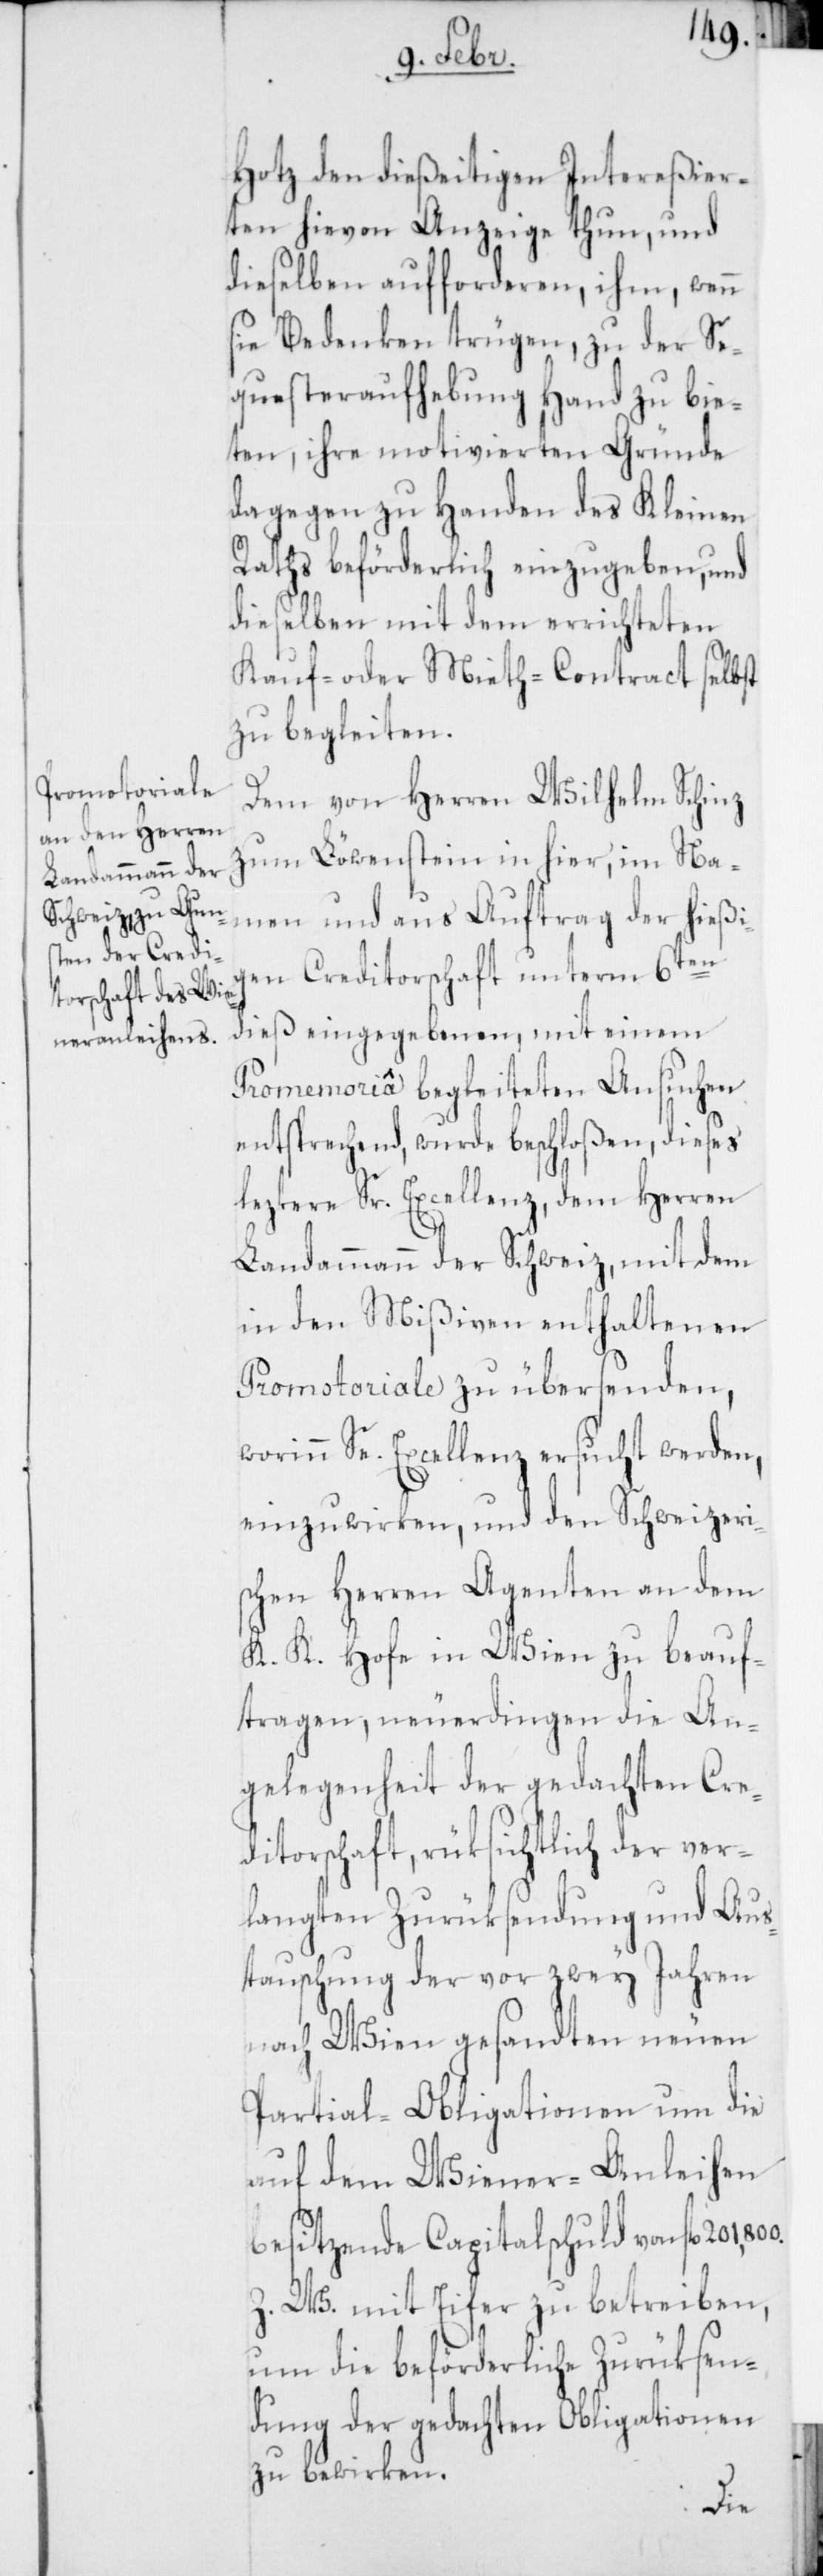
Hotz den dießeitigen Intereßier¬
ten hievon Anzeige thun, und
dieselben aufforderen, ihm, wenn
sie Bedenken trügen, zu der Se¬
quester-Aufhebung Hand zu bie¬
ten, ihre motivierten Gründe
dagegen zu Handen des Kleinen
Raths beförderlich einzugeben, und
dieselben mit dem errichteten
Kauf- oder Miet-Contract selbst
zu begleiten.
Dem von Herren Wilhelm Schinz
zum Löwenstein in hier, im Na¬
men und aus Auftrag der hießi¬
gen Creditorschaft unterm 6ten
dieß eingegebenen, mit einem
Promemoriâ begleiteten Ansuchen
entsprechend, wurde beschloßen, dieses
leztere Sr. Excellenz, dem Herren
Landammann der Schweiz, mit dem
in den Mißiven enthaltenen
Promotoriale zu übersenden,
worinn Se. Excellenz ersucht werden,
einzuwirken, und den Schweizeri¬
schen Herren Agenten an dem
K. K. Hofe in Wien zu beauf¬
tragen, neuerdingen die An¬
gelegenheit der gedachten Cre¬
ditorschaft, rüksichtlich der ver¬
langten Zurüksendung und Aus¬
tauschung der vor zwey Jahren
nach Wien gesandten neuen
Partial-Obligationen um die
auf dem Wiener-Anleihen
besitzende Capitalschuld von fl.
Z. W. mit Eifer zu betreiben,
um die beförderliche Zurüksen¬
dung der gedachten Obligationen
zu bewirken.